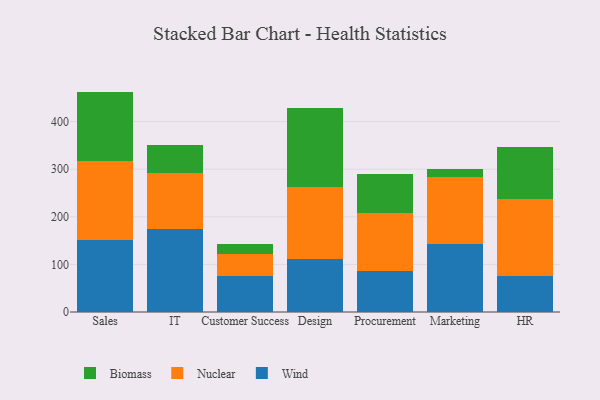
{"axis": {"x": "Department", "y": "Shipments"}, "legend": ["Biomass", "Nuclear", "Wind"], "data": [{"x": "Sales", "y": 151.6, "type": "Wind"}, {"x": "Sales", "y": 166.4, "type": "Nuclear"}, {"x": "Sales", "y": 144.9, "type": "Biomass"}, {"x": "IT", "y": 173.3, "type": "Wind"}, {"x": "IT", "y": 119.0, "type": "Nuclear"}, {"x": "IT", "y": 58.1, "type": "Biomass"}, {"x": "Customer Success", "y": 76.2, "type": "Wind"}, {"x": "Customer Success", "y": 46.2, "type": "Nuclear"}, {"x": "Customer Success", "y": 20.0, "type": "Biomass"}, {"x": "Design", "y": 111.4, "type": "Wind"}, {"x": "Design", "y": 151.1, "type": "Nuclear"}, {"x": "Design", "y": 166.6, "type": "Biomass"}, {"x": "Procurement", "y": 86.3, "type": "Wind"}, {"x": "Procurement", "y": 120.6, "type": "Nuclear"}, {"x": "Procurement", "y": 83.3, "type": "Biomass"}, {"x": "Marketing", "y": 143.4, "type": "Wind"}, {"x": "Marketing", "y": 141.0, "type": "Nuclear"}, {"x": "Marketing", "y": 15.3, "type": "Biomass"}, {"x": "HR", "y": 75.4, "type": "Wind"}, {"x": "HR", "y": 161.4, "type": "Nuclear"}, {"x": "HR", "y": 109.3, "type": "Biomass"}]}